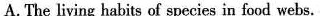
A. The living habits of species in food webs.